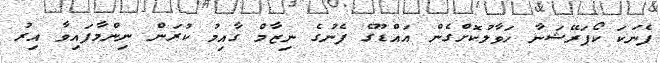
ފެނަކަ ކޯޕަރޭޝަނާ ހަވާލުކޮށްގެން އައްޑޫގެ ފެނުގެ ނިޒާމް ގާއިމު ކުރަން ނިންމާފައިވާ އިރު